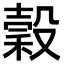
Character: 穀